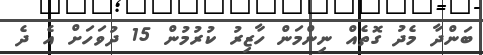
ބަންދާ މެދު ގޮތެއް ނިންމަން ހާޒިރު ކުރުމުން 15 ދުވަހަށް އެ ދެ